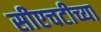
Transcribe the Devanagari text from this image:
सीएचटीच्या